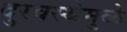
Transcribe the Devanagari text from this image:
दुरवस्थेमुळे